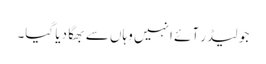
جو لیڈر آئے انہیں وہاں سے بھگا دیا گیا۔